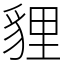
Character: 貍